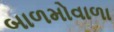
બાળમોવાળા